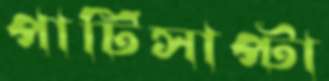
পাটিসাপ্টা